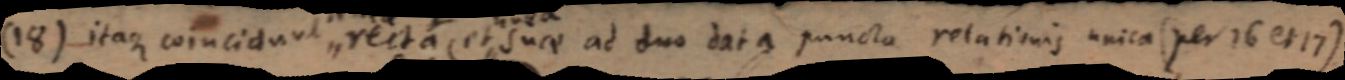
(18) itaque coincidunt recta et suae ad duo data puncta relationis unica (per 16 et 17)